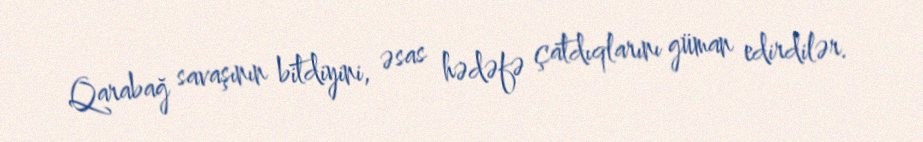
Qarabağ savaşının bitdiyini, əsas hədəfə çatdıqlarını güman edirdilər.